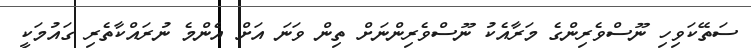
ސަތޭކަވިހި ނޫސްވެރިންގެ މަރާއެކު ނޫސްވެރިންނަށް ތިން ވަނަ އަށް އެންމެ ނުރައްކާތެރި ގައުމަކީ